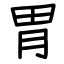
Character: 胃